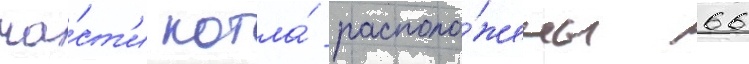
ча́ст'и котла́ располо́жены 66